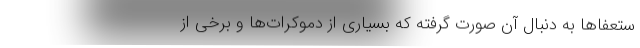
ستعفاها به دنبال آن صورت گرفته که بسیاری از دموکرات‌ها و برخی از